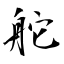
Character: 舵